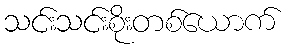
သင်းသင်းစိုးတစ်ယောက်